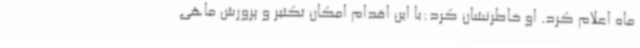
ماه اعلام کرد. او خاطرنشان کرد:با این اقدام امکان تکثیر و پرورش ماهی